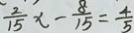
\frac { 2 } { 1 5 } x - \frac { 8 } { 1 5 } = \frac { 4 } { 5 }